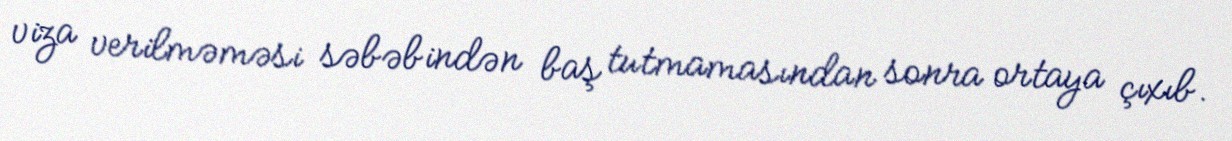
viza verilməməsi səbəbindən baş tutmamasından sonra ortaya çıxıb.